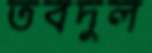
তবদুল